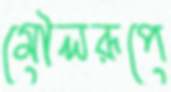
মৌলরূপে